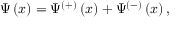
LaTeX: \Psi \left( x \right) = \Psi ^ { \left( + \right) } \left( x \right) + \Psi ^ { \left( - \right) } \left( x \right) ,